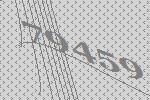
79459